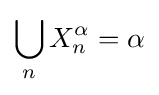
\bigcup _{n}X_{n}^{\alpha }=\alpha